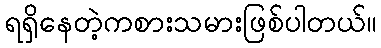
ရရှိနေတဲ့ကစားသမားဖြစ်ပါတယ်။